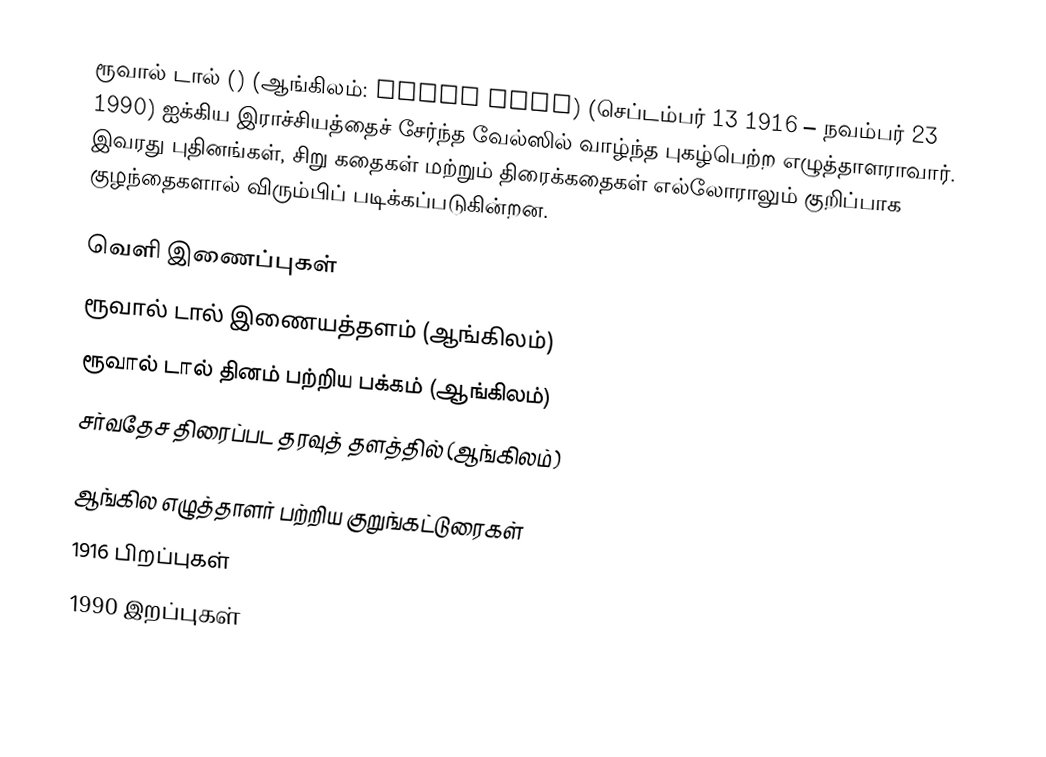
ரூவால் டால் () (ஆங்கிலம்: Roald Dahl) (செப்டம்பர் 13 1916 – நவம்பர் 23 1990) ஐக்கிய இராச்சியத்தைச் சேர்ந்த வேல்ஸில் வாழ்ந்த புகழ்பெற்ற எழுத்தாளராவார். இவரது புதினங்கள், சிறு கதைகள் மற்றும் திரைக்கதைகள் எல்லோராலும் குறிப்பாக குழந்தைகளால் விரும்பிப் படிக்கப்படுகின்றன.

வெளி இணைப்புகள்
 ரூவால் டால் இணையத்தளம் (ஆங்கிலம்)
 ரூவால் டால் தினம் பற்றிய பக்கம் (ஆங்கிலம்)
 சர்வதேச திரைப்பட தரவுத் தளத்தில் (ஆங்கிலம்)

ஆங்கில எழுத்தாளர் பற்றிய குறுங்கட்டுரைகள்
1916 பிறப்புகள்
1990 இறப்புகள்